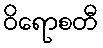
ဝိရောစတီ